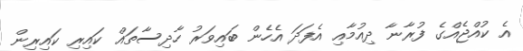
އެ ކުއްޖެއްގެ ފުރާނާ ދިއުމާއި އެފަދަ އެހެން ބައިވަރު ހާދިސާތައް ކައިރި ކައިރިން